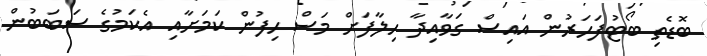
ބޮޑެތި ބޯޓުފަހަރުން އައިސް ގަވާއިދާ ހިލާފަށް މަސް ހިފުން ކަމަށާއި އެކަމުގެ ސަބަބުން